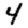
Digit: 4